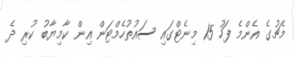
މެޗުގެ އެންމެ ފަހު 15 މިނެޓްގައި ސައުތުހެމްޓަން އިން ކާމިޔާބު ކުރި ދެ